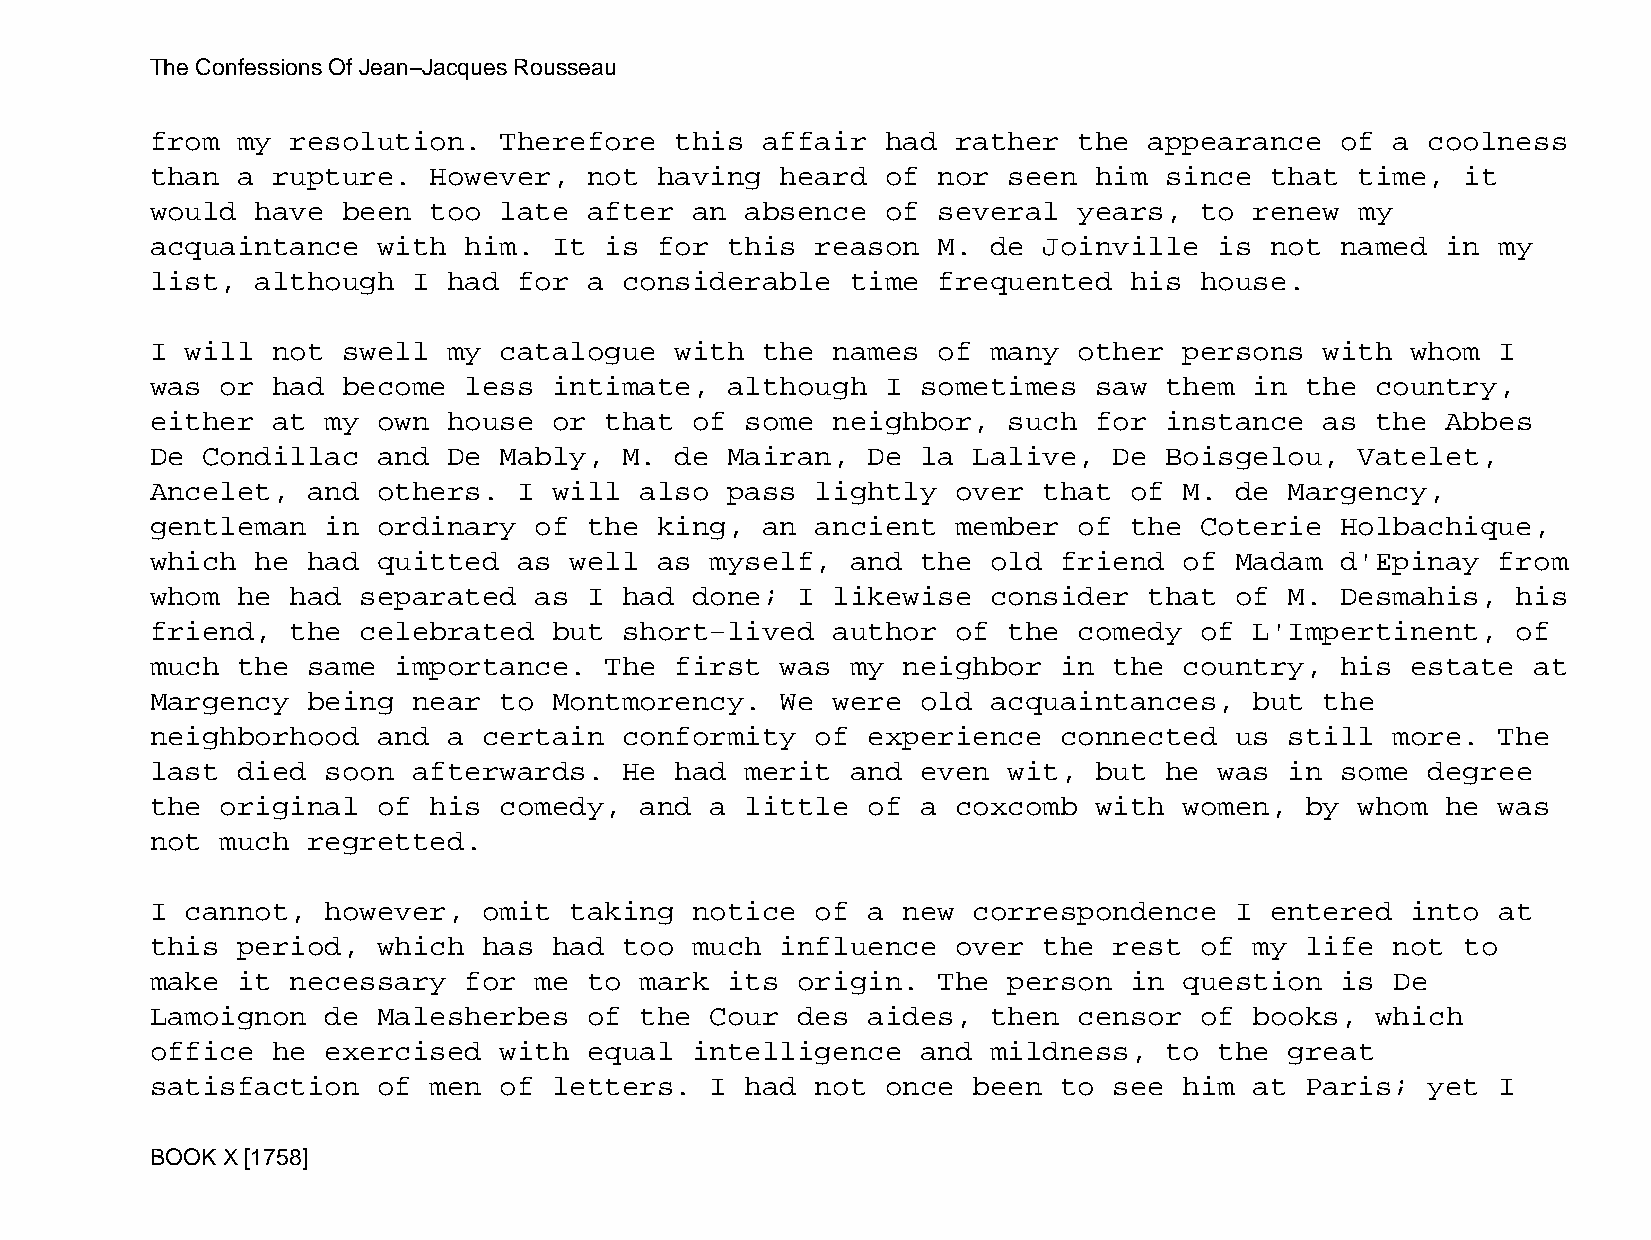
The Confessions Of Jean−Jacques Rousseau
 from  my resolution.   Therefore   this affair   had rather  the  appearance   of a  coolness
 than  a rupture.  However,   not  having  heard  of nor  seen him  since  that  time,  it
 would  have  been too  late  after  an absence   of several  years,  to  renew  my
 acquaintance   with  him.  It is  for this  reason  M.  de Joinville   is not  named  in my
 list,  although  I  had for  a considerable   time  frequented   his house.
 I will  not  swell  my catalogue   with the  names  of  many other  persons   with whom  I
 was  or had  become  less  intimate,  although   I sometimes  saw  them  in the  country,
 either  at  my own  house  or that  of some  neighbor,   such for  instance   as the  Abbes
 De Condillac   and  De Mably,  M.  de Mairan,  De  la Lalive,   De Boisgelou,   Vatelet,
 Ancelet,  and  others.  I  will also  pass  lightly  over  that  of M.  de Margency,
 gentleman   in ordinary  of  the  king, an  ancient  member  of  the Coterie   Holbachique,
 which  he had  quitted  as  well  as myself,  and  the  old friend  of  Madam  d'Epinay  from
 whom  he had  separated  as  I had  done;  I likewise   consider  that  of M.  Desmahis,  his
 friend,  the  celebrated   but short−lived   author  of  the comedy  of  L'Impertinent,   of
 much  the same  importance.   The  first  was my  neighbor  in  the country,   his estate  at
 Margency  being  near  to  Montmorency.   We were  old  acquaintances,   but  the
 neighborhood   and  a certain  conformity   of experience   connected   us still  more.  The
 last  died  soon afterwards.   He  had merit  and  even  wit, but  he  was in  some  degree
 the  original  of his  comedy,  and  a little  of  a coxcomb  with  women,  by  whom  he was
 not  much regretted.
 I cannot,   however,  omit  taking  notice  of a  new correspondence    I entered  into  at
 this  period,  which  has  had too  much  influence  over  the  rest of  my life  not  to
 make  it necessary   for me  to mark  its  origin.  The  person  in question   is De
 Lamoignon   de Malesherbes   of the  Cour  des aides,   then censor  of  books,  which
 office  he  exercised  with  equal  intelligence   and  mildness,  to  the great
 satisfaction   of men  of  letters.  I had  not  once been  to  see him  at Paris;   yet I
 BOOK X [1758]